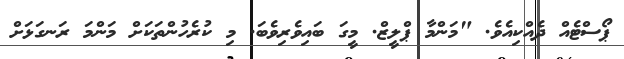
ޕޯސްޓެއް ދެއްކިއެވެ. "މަންމާ ޕްލީޒް. މީގަ ބައިވެރިވެބަ. މި ކުރެހުންތަކަށް މަންމަ ރަނގަޅަށް